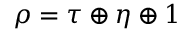
\rho = \tau \oplus \eta \oplus 1